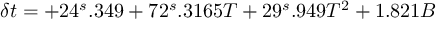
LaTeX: \delta t = + 2 4 ^ { s } . 3 4 9 + 7 2 ^ { s } . 3 1 6 5 T + 2 9 ^ { s } . 9 4 9 T ^ { 2 } + 1 . 8 2 1 B